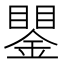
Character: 𲇖